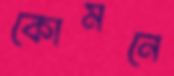
কোমনে